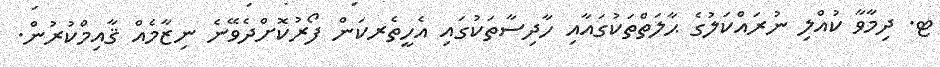
ޓ. ދިމާވާ ކުއްލި ނުރައްކަލުގެ ޙާލަތްތަކުގައާއި ހާދިސާތަކުގައި އެހީތެރކަން ފޯރުކޮށްދެވޭނެ ނިޒާމެއް ޤާއިމްކުރުން.